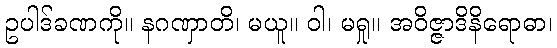
ဥပါဒ်ခဏကို။ နဂဏှာတိ၊ မယူ။ ဝါ၊ မရှု။ အဝိဇ္ဇာဒိနိရောဓာ၊